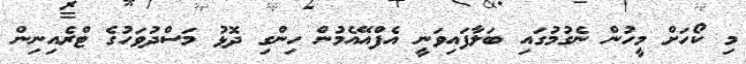
މި ކޯހަށް މީހުން ނެގުމުގައި ބަލާފައިވަނީ އެފްއޭއެމުން ހިންގި ދޮޅު މަސްދުވަހުގެ ޓްރެއިނިން